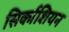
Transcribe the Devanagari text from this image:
सिर्काशियन